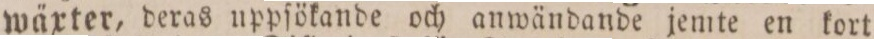
wäxter, deras uppfökande och anwändande jemte en kort